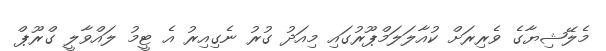
މެލޭޝިޔާގެ ވެރިރަށް ކުއާލަލަމްޕޫރުގައި މިއަދު ގުރު ނެގިއިރު އެ ޓީމު ލައްވާލީ ގްރޫޕް